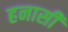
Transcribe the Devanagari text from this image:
हनासी